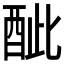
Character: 𨠐